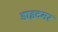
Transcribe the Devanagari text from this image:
डाइटमर